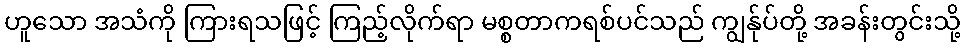
ဟူသော အသံကို ကြားရသဖြင့် ကြည့်လိုက်ရာ မစ္စတာကရစ်ပင်သည် ကျွန်ုပ်တို့ အခန်းတွင်းသို့